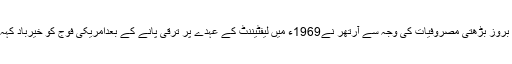
روز بروز بڑھتی مصروفیات کی وجہ سے آرتھر نے1969ء میں لیفٹیننٹ کے عہدے پر ترقی پانے کے بعدامریکی فوج کو خیرباد کہہ دیا ۔